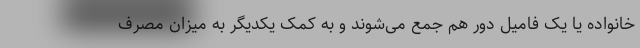
خانواده یا یک فامیل دور هم جمع می‌شوند و به کمک یکدیگر به میزان مصرف